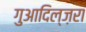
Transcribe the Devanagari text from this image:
गुआदिल्ज़रा